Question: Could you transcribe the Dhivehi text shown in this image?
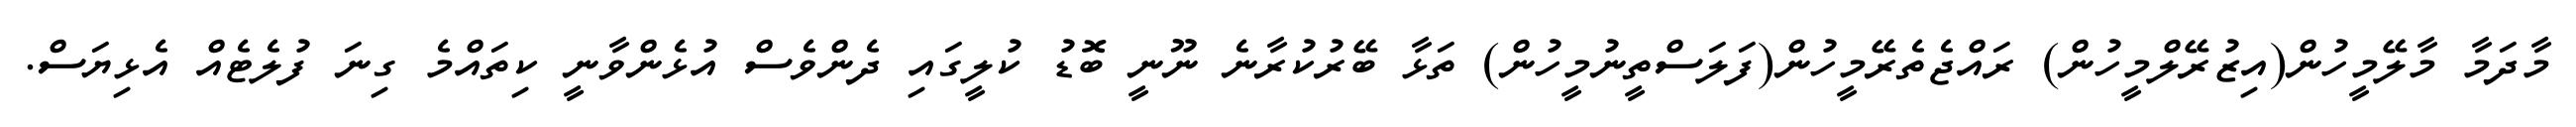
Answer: މާދަމާ މާލޭމީހުން(އިޒުރޭލްމީހުން) ރައްޖެތެރޭމީހުން(ފަލަސްތީނުމީހުން) ތަޅާ ބޭރުކުރާނެ ނޫނީ ބޮޑު ކުލީގައި ދެންވެސް އުޅެންވާނީ ކިތައްމެ ގިނަ ފުލެޓެއް އެޅިޔަސް.